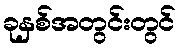
ခုနှစ်အတွင်းတွင်